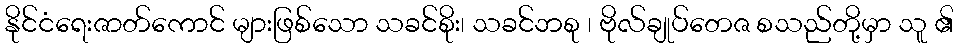
နိုင်ငံရေးဇာတ်ကောင် များဖြစ်သော သခင်စိုး၊ သခင်ဘစု ၊ ဗိုလ်ချုပ်တေဇ စသည်တို့မှာ သူ ၏